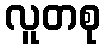
လူတစု